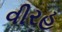
વીરહ